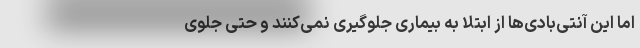
اما این آنتی‌بادی‌ها از ابتلا به بیماری جلوگیری نمی‌کنند و حتی جلوی